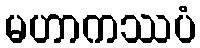
မဟာကဿပံ